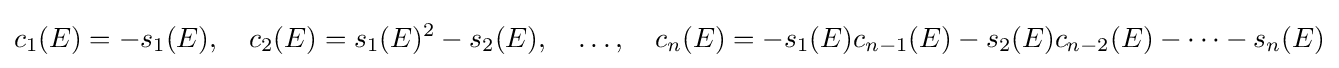
c_{1}(E)=-s_{1}(E),\quad c_{2}(E)=s_{1}(E)^{2}-s_{2}(E),\quad \dots ,\quad c_{n}(E)=-s_{1}(E)c_{n-1}(E)-s_{2}(E)c_{n-2}(E)-\cdots -s_{n}(E)